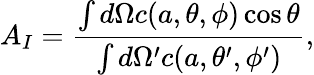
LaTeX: A_{I}=\frac{\int d\Omega c(a,\theta,\phi)\cos\theta}{\int d\Omega^{\prime}c(a,\theta^{\prime},\phi^{\prime})},